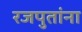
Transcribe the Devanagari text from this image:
रजपुतांना